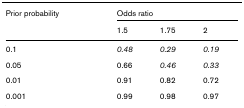
| Prior probability | <COLSPAN=3> Odds ratio |
 |  | 1.5 | 1.75 | 2 |
 | --- | --- | --- | --- |
 | 0.1 | 0.48 | 0.29 | 0.19 |
 | 0.05 | 0.66 | 0.46 | 0.33 |
 | 0.01 | 0.91 | 0.82 | 0.72 |
 | 0.001 | 0.99 | 0.98 | 0.97 |